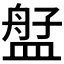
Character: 𬐫